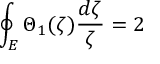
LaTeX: \oint _ { E } \Theta _ { 1 } ( \zeta ) \frac { d \zeta } { \zeta } = 2